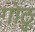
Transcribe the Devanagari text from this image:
गोठू